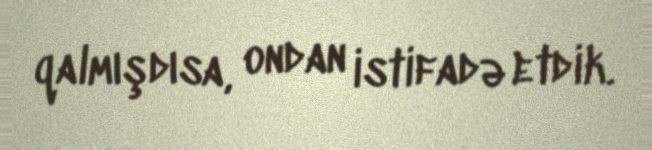
qalmışdısa, ondan istifadə etdik.